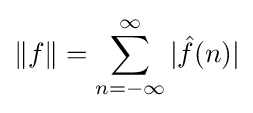
\|f\|=\sum _{n=-\infty }^{\infty }|{\hat {f}}(n)|